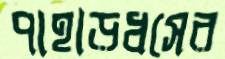
পাহাড়ধসের